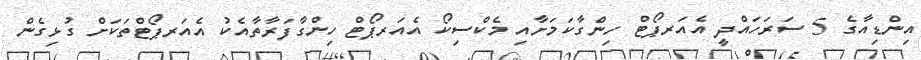
އިންޑިއާގެ 5 ސަރަހައްދީ އެއަރޕޯޓް ހިންގާކަމަށާއި މެކްސިކޯ އެއަރޕޯޓް ހިންގާފަރާތާއެކު އެއަރޕޯޓްތަކަށް ގުޅިގެން